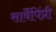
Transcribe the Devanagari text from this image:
सार्वेपिंप्री